Calcutta medical institutions reports 1879-81 [i.e.91]
Year: 1879
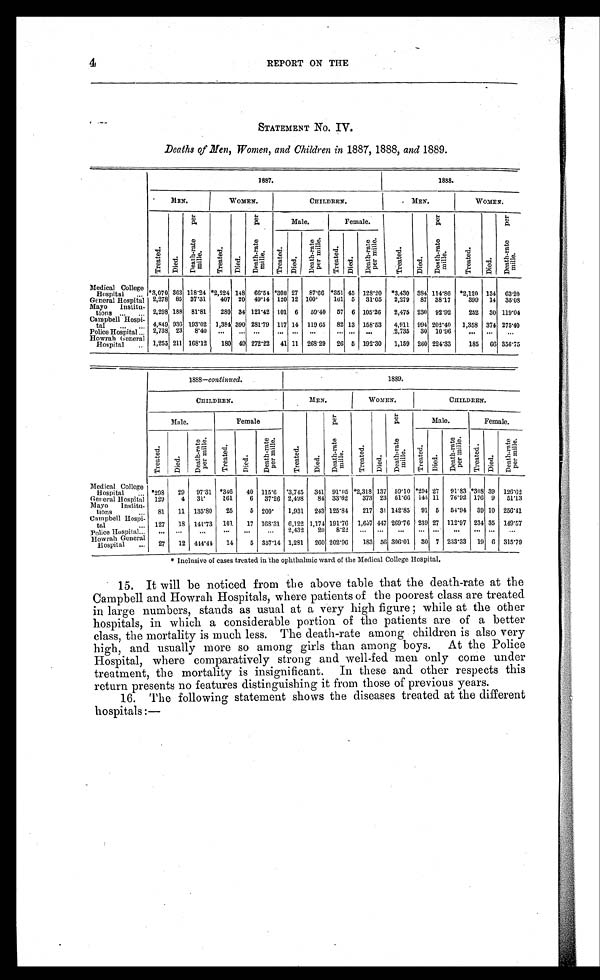
4
REPORT ON THE
STATEMENT NO. IV.
Deaths of Men, Women, and Children in 1887, 1888, and 1889.
1887.
1888.
MEN.
WOMEN.
CHILDREN.
MEN.
WOMEN.
T r e a t e d .
Di e d.
D e a t h - r a t e p e r
m i l l e .
T r e a t e d .
D i e d .
D e a t h - r a t e p e r
m i l l e .
Male.
Female.
T r e a t e d .
D i e d .
D e a t h - r a t e p e r
m i l l e .
T r e a t e d .
D i e d .
D e a t h - r a t e p e r
m i l l e .
Treated.
D i e d .
D e a t h - r a t e p e r
mi l l e .
T r e a t e d .
D i e d .
D e a t h - r a t e p e r
m i l l e .
Medical College
Hospital
. . .
*3,070 363 118.24 *2,224 148 66.54 *308 27
87.66 *351 45 128.20 *3,430 384 114.86 *2,120 134 63.20
Ge neral Hospital 2,278 85 37.31
407 20 49.14 120 12 100.
161 5
31.05
2,279
87 38.17
399
14 35.08
Mayo Institu-
tions
. . .
. . . 2,298 188 81.81
280 34 121.42 101 6
59.40
57 6 105.26
2,475 230 92.92
252
30 119.04
Campbell Hospi-
tal
. . .
. . . 4,849 936 193.02 1,384 390 281.79 11.7 14 119.65
82 13 158.53
4,911 994 202.40
1,358 374 275.40
Police Hospital
...
2,738 23
8.40
...
...
. . .
...
. . .
. . .
... ...
...
2,735
30 10.96
...
...
. . .
Howrah General
Hospital
...
1,255 211 168.12
180 49 272.22
41 11 268.29
26 5 192.30
1,159 260 224.33
185
60 356.75
1888—continued.
1889.
CHILDREN.
MEN.
WOMEN.
CHILDREN.
Male.
Female
T r e a t e d .
D i e d .
D e a t h - r a t e p e r
m i l l e .
T r e a t e d .
Died.
D e a t h - r a t e p e r
mi l l e .
Male.
Female.
T r e a t e d .
D i e d .
D e a t h - r a t e p e r m i l l e .
T r e a t e d .
Di e d .
D e a t h - r a t e p e r m i l l e .
Tr eat ed.
D i e d .
De a t h - r a t e p e r mi l l e .
Tr e a t e d .
D i e d .
D e a t h - r a t e p e r m i l l e .
Medical College
Hospital
... *298
29
97.31 *346
40 115.6 *3,745
341 91.05 *2,318 137 59.10 *294 27
91.83 *308 39 126.62
General Hospital 129
4
31.
361
6
37.26 2,498
84 33.62
373 23 61.66 143 11
76.92 176 9
51.13
Mayo Institu-
tions
...
81
11 135.80
25
5 200.
1,931
243 125.84
217 31 142.85
91 5
54.94
39 10 256.41
Campbell Hospi-
tal
... 127
18 141.73
101
17 168.31 6,122 1,174 191.76 1,637 447 269.76 2:39 27 112.97 234 35 149.57
Police Hospital ...
. . .
. . .
. . .
. . .
. . . ...
2,432
20
8.22
...
...
...
... ...
...
... ...
...
Howrah General
Hospital
...
27
12 414.44
14
5 357.14 1,281
260 202.96
183 56 306.01
30 7 233.33
19 6 315.79
* Inclusive of cases treated in the ophthalmic ward of the Medical College Hospital.
15. It will be noticed from the above table that the death-rate at the
Campbell and Howrah Hospitals, where patients of the poorest class are treated
in large numbers, stands as usual at a very high figure; while at the other
hospitals, in which a considerable portion of the patients are of a better
class, the mortality is much less. The death-rate among children is also very
high, and usually more so among girls than among boys. At the Police
Hospital, where comparatively strong and well-fed men only come under
treatment, the mortality is insignificant. In these and other respects this
return presents no features distinguishing it from those of previous years.
16. The following statement shows the diseases treated at the different
hospitals :—